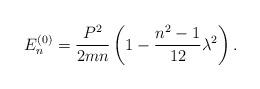
LaTeX: \begin{align*}E_n^{(0)}={P^2\over 2 m n}\left (1-{n^2-1\over 12 }\lambda^2\right).\end{align*}